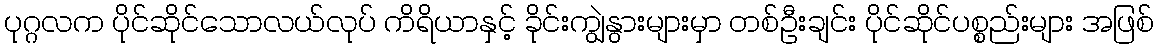
ပုဂ္ဂလက ပိုင်ဆိုင်သောလယ်လုပ် ကိရိယာနှင့် ခိုင်းကျွဲနွားများမှာ တစ်ဦးချင်း ပိုင်ဆိုင်ပစ္စည်းများ အဖြစ်